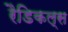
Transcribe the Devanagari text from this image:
रैडिकल्स